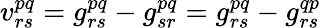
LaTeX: v_{rs}^{pq}=g_{rs}^{pq}-g_{sr}^{pq}=g_{rs}^{pq}-g_{rs}^{qp}